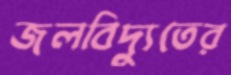
জলবিদ্যুতের